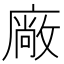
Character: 廠